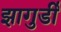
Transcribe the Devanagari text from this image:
झागुर्डी